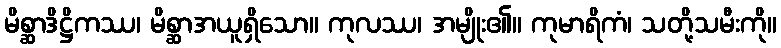
မိစ္ဆာဒိဋ္ဌိကဿ၊ မိစ္ဆာအယူရှိသော။ ကုလဿ၊ အမျိုး၏။ ကုမာရိကံ၊ သတို့သမီးကို။